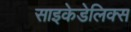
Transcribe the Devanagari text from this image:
साइकेडेलिक्स